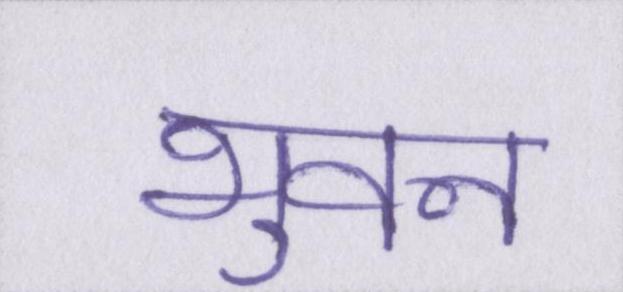
भुवन